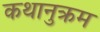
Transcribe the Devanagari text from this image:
कथानुक्रम